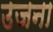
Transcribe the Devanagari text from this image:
उजना